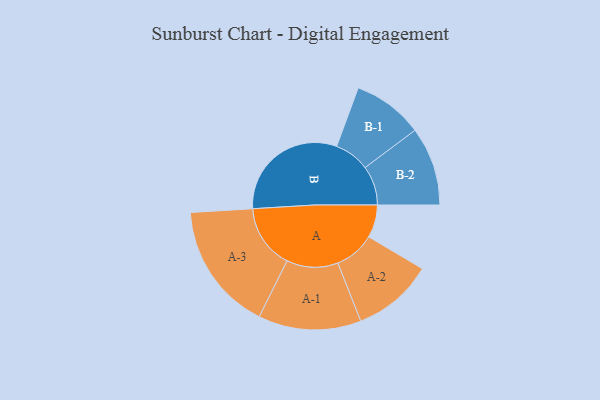
{"axis": {"x": "Segment", "y": "Value"}, "legend": ["", "A", "B"], "data": [{"x": "A", "y": 120, "type": ""}, {"x": "B", "y": 445, "type": ""}, {"x": "A-1", "y": 188, "type": "A"}, {"x": "A-2", "y": 148, "type": "A"}, {"x": "A-3", "y": 235, "type": "A"}, {"x": "B-1", "y": 129, "type": "B"}, {"x": "B-2", "y": 144, "type": "B"}]}